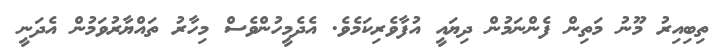
ތިބިއިރު މޫނު މަތިން ފެންނަމުން ދިޔައީ އުފާވެރިކަމެވެ. އެދެމީހުންވެސް މިހާރު ތައްޔާރުވަމުން އެދަނީ